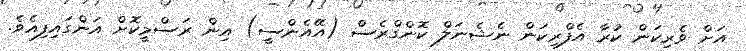
އަށް ވެރިކަން ކުރާ އެފްރިކަން ނެޝެނަލް ކޮންގްރެސް (އޭއެންސީ) އިން ރަސްމީކޮށް އަންގައިފިއެވެ.